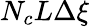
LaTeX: N_{c}L\Delta\xi